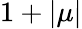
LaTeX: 1+|\mu|